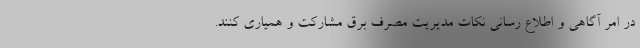
در امر آگاهی و اطلاع‌ رسانی نکات مدیریت مصرف برق مشارکت و همیاری کنند.